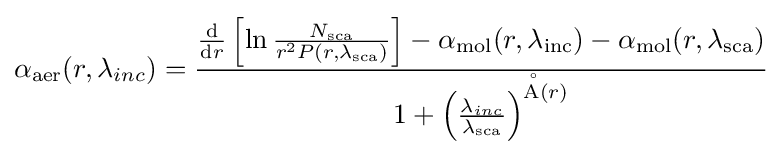
{\alpha _{\mathrm {aer} }}(r,{\lambda _{inc}})={\frac {{\frac {\mathrm {d} }{\mathrm {d} r}}\left[\ln {\frac {N_{\mathrm {sca} }}{{r^{2}}P(r,{\lambda _{\mathrm {sca} }})}}\right]-{\alpha _{\mathrm {mol} }}(r,{\lambda _{\mathrm {inc} }})-{\alpha _{\mathrm {mol} }}(r,{\lambda _{\mathrm {sca} }})}{1+{\left({\frac {\lambda _{inc}}{\lambda _{\mathrm {sca} }}}\right)}^{\mathrm {\AA} (r)}}}